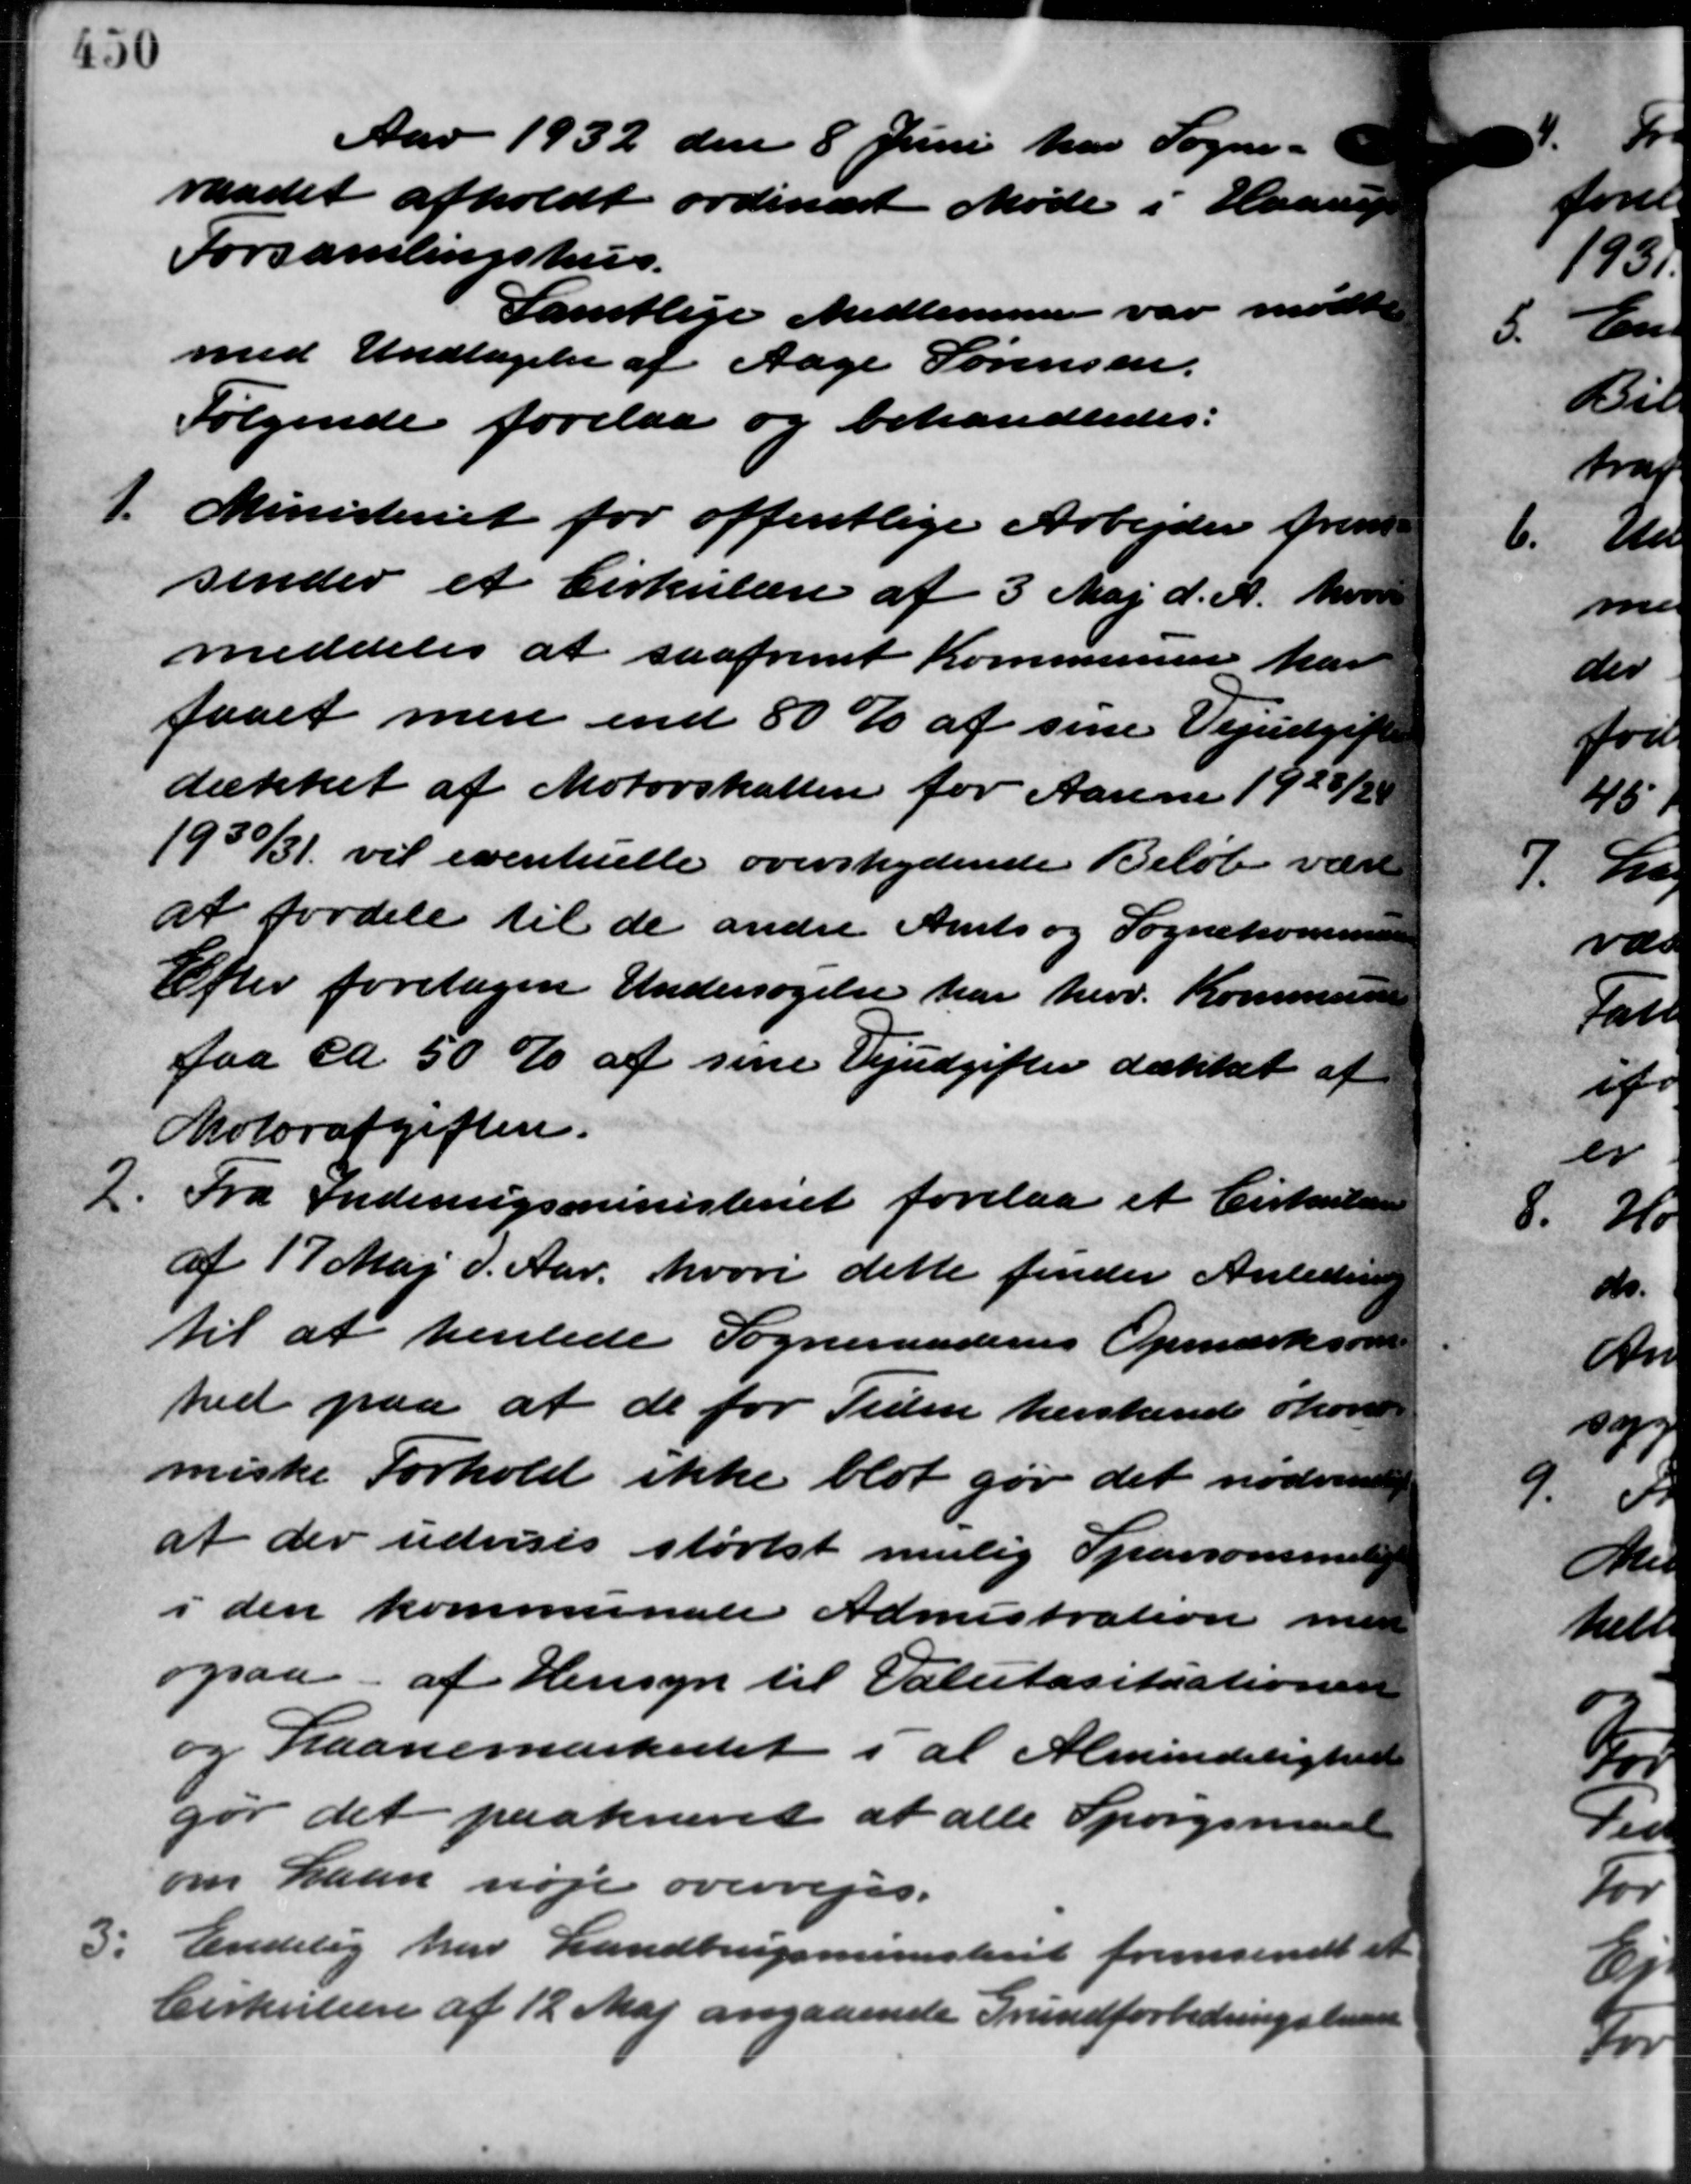
Transskription:
Aar 1932 den 8 Juni har Sogne –
raadet afholdt ordinært Møde i Haarup
Forsamlingshus.
Samtlige Medlemmer var mødte
med Undtagelse af Aage Sørensen.
Følgende forelaa og behandledes:
1.
Ministeriet for offentlige Arbejder frem
sender et Cirkulære af 3 Maj d. A. hvor
meddeles at saafremt Kommunen har
faaet mere end 80 % af sine Vejudgift
dækket af Motorskatten for Aarene 1928/2
1930/31 vil eventuelle overskydende Beløb være
at fordele til de andre Amts og Sognekommunen
Efter foretagen Undersøgelse har herv. Kommunen
faa ca. 50 % af sine Vejudgifter dækket af
Motorafgiften.
2.
Fra Indenrigsministeriet forelaa et Cirkulære
af 17 Maj d. Aar, hvori dette finder Anledning
til at henlede Sogneraadernes Opmærksom
hed paa at de for Tiden herskende økone
miske Forhold ikke blot gør det nødvende
at der udvises storest mulig Sparsommelig
i den kommunale Admistration med
ogsaa af Hensyn til Valutasituationen
og Laanemaskintet i at Almindelighed
gør det paakrævet at alle Spørgsmaal
om Laan nøje overvejes.
3.
Endelig har Landbrugsministeriet fremsendt et
Cirkulære af 12 Maj angaaende Grundforbedringsled